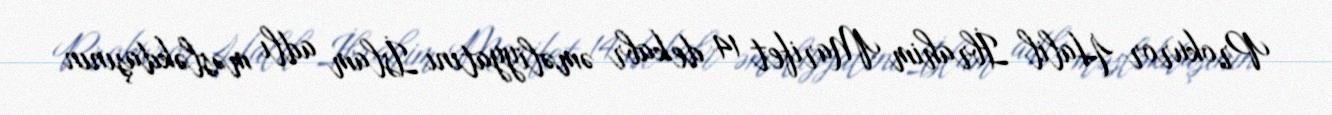
Prokuror Halil İbrahim Marifet 14 dekabr əməliyyatını İslam adlı məsləkdaşının